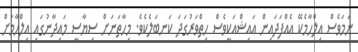
ނަމަވެސް އިލްހާމެކޭ އެއްފަދައިން އައިޝްއަކީވެސް ހިތްވަރުގަދަ ކަނބަލެކެވެ. މިހާތަނަށް ސިޔާސީ މައިދާނުގައި އިލްހާމަށް